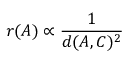
r ( A ) \propto \frac { 1 } { d ( A , C ) ^ { 2 } }